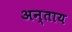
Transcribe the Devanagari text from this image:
अन्ताय